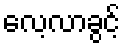
လေ့လာခွင့်